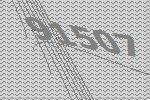
91507